Report on the working of the Ranchi Indian Mental Hospital, Kanke, in Bihar and Orissa - 1930-1940
Year: 1930
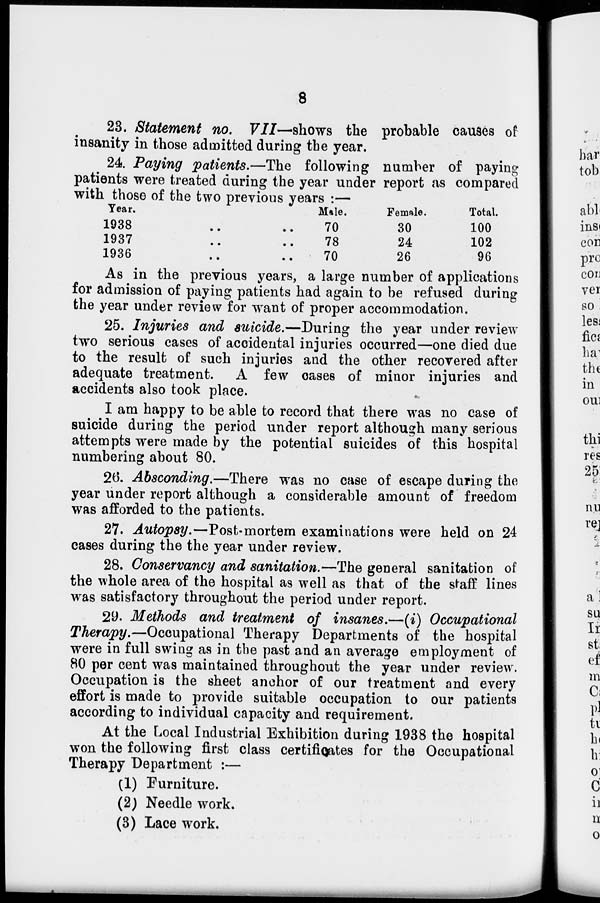
8
23. Statement no. VII—shows the probable causes of
insanity in those admitted during the year.
24. Paying patients.—The following number of paying
patients were treated during the year under report as compared
with those of the two previous years :—
Year.
1938
..
..
1937
..
..
1936
..
..
Male.
70
78
70
Female.
30
24
26
Total.
100
102
96
As in the previous years, a large number of applications
for admission of paying patients had again to be refused during
the year under review for want of proper accommodation.
25. Injuries and suicide.—During the year under review
two serious cases of accidental injuries occurred—one died due
to the result of such injuries and the other recovered after
adequate treatment. A few cases of minor injuries and
accidents also took place.
I am happy to be able to record that there was no case of
suicide during the period under report although many serious
attempts were made by the potential suicides of this hospital
numbering about 80.
26. Absconding.—There was no case of escape during the
year under report although a considerable amount of freedom
was afforded to the patients.
27. Autopsy.—Post-mortem examinations were held on 24
cases during the the year under review.
28. Conservancy and sanitation.—The general sanitation of
the whole area of the hospital as well as that of the staff lines
was satisfactory throughout the period under report.
29. Methods and treatment of insanes.—(i) Occupational
Therapy.—Occupational Therapy Departments of the hospital
were in full swing as in the past and an average employment of
80 per cent was maintained throughout the year under review.
Occupation is the sheet anchor of our treatment and every
effort is made to provide suitable occupation to our patients
according to individual capacity and requirement.
At the Local Industrial Exhibition during 1938 the hospital
won the following first class certificates for the Occupational
Therapy Department :—
(1) Furniture.
(2) Needle work.
(3) Lace work.